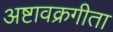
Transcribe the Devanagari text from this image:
अष्टावक्रगीता